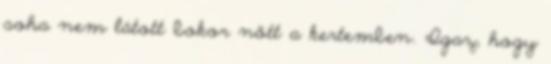
soha nem látott bokor nőtt a kertemben. Igaz, hogy